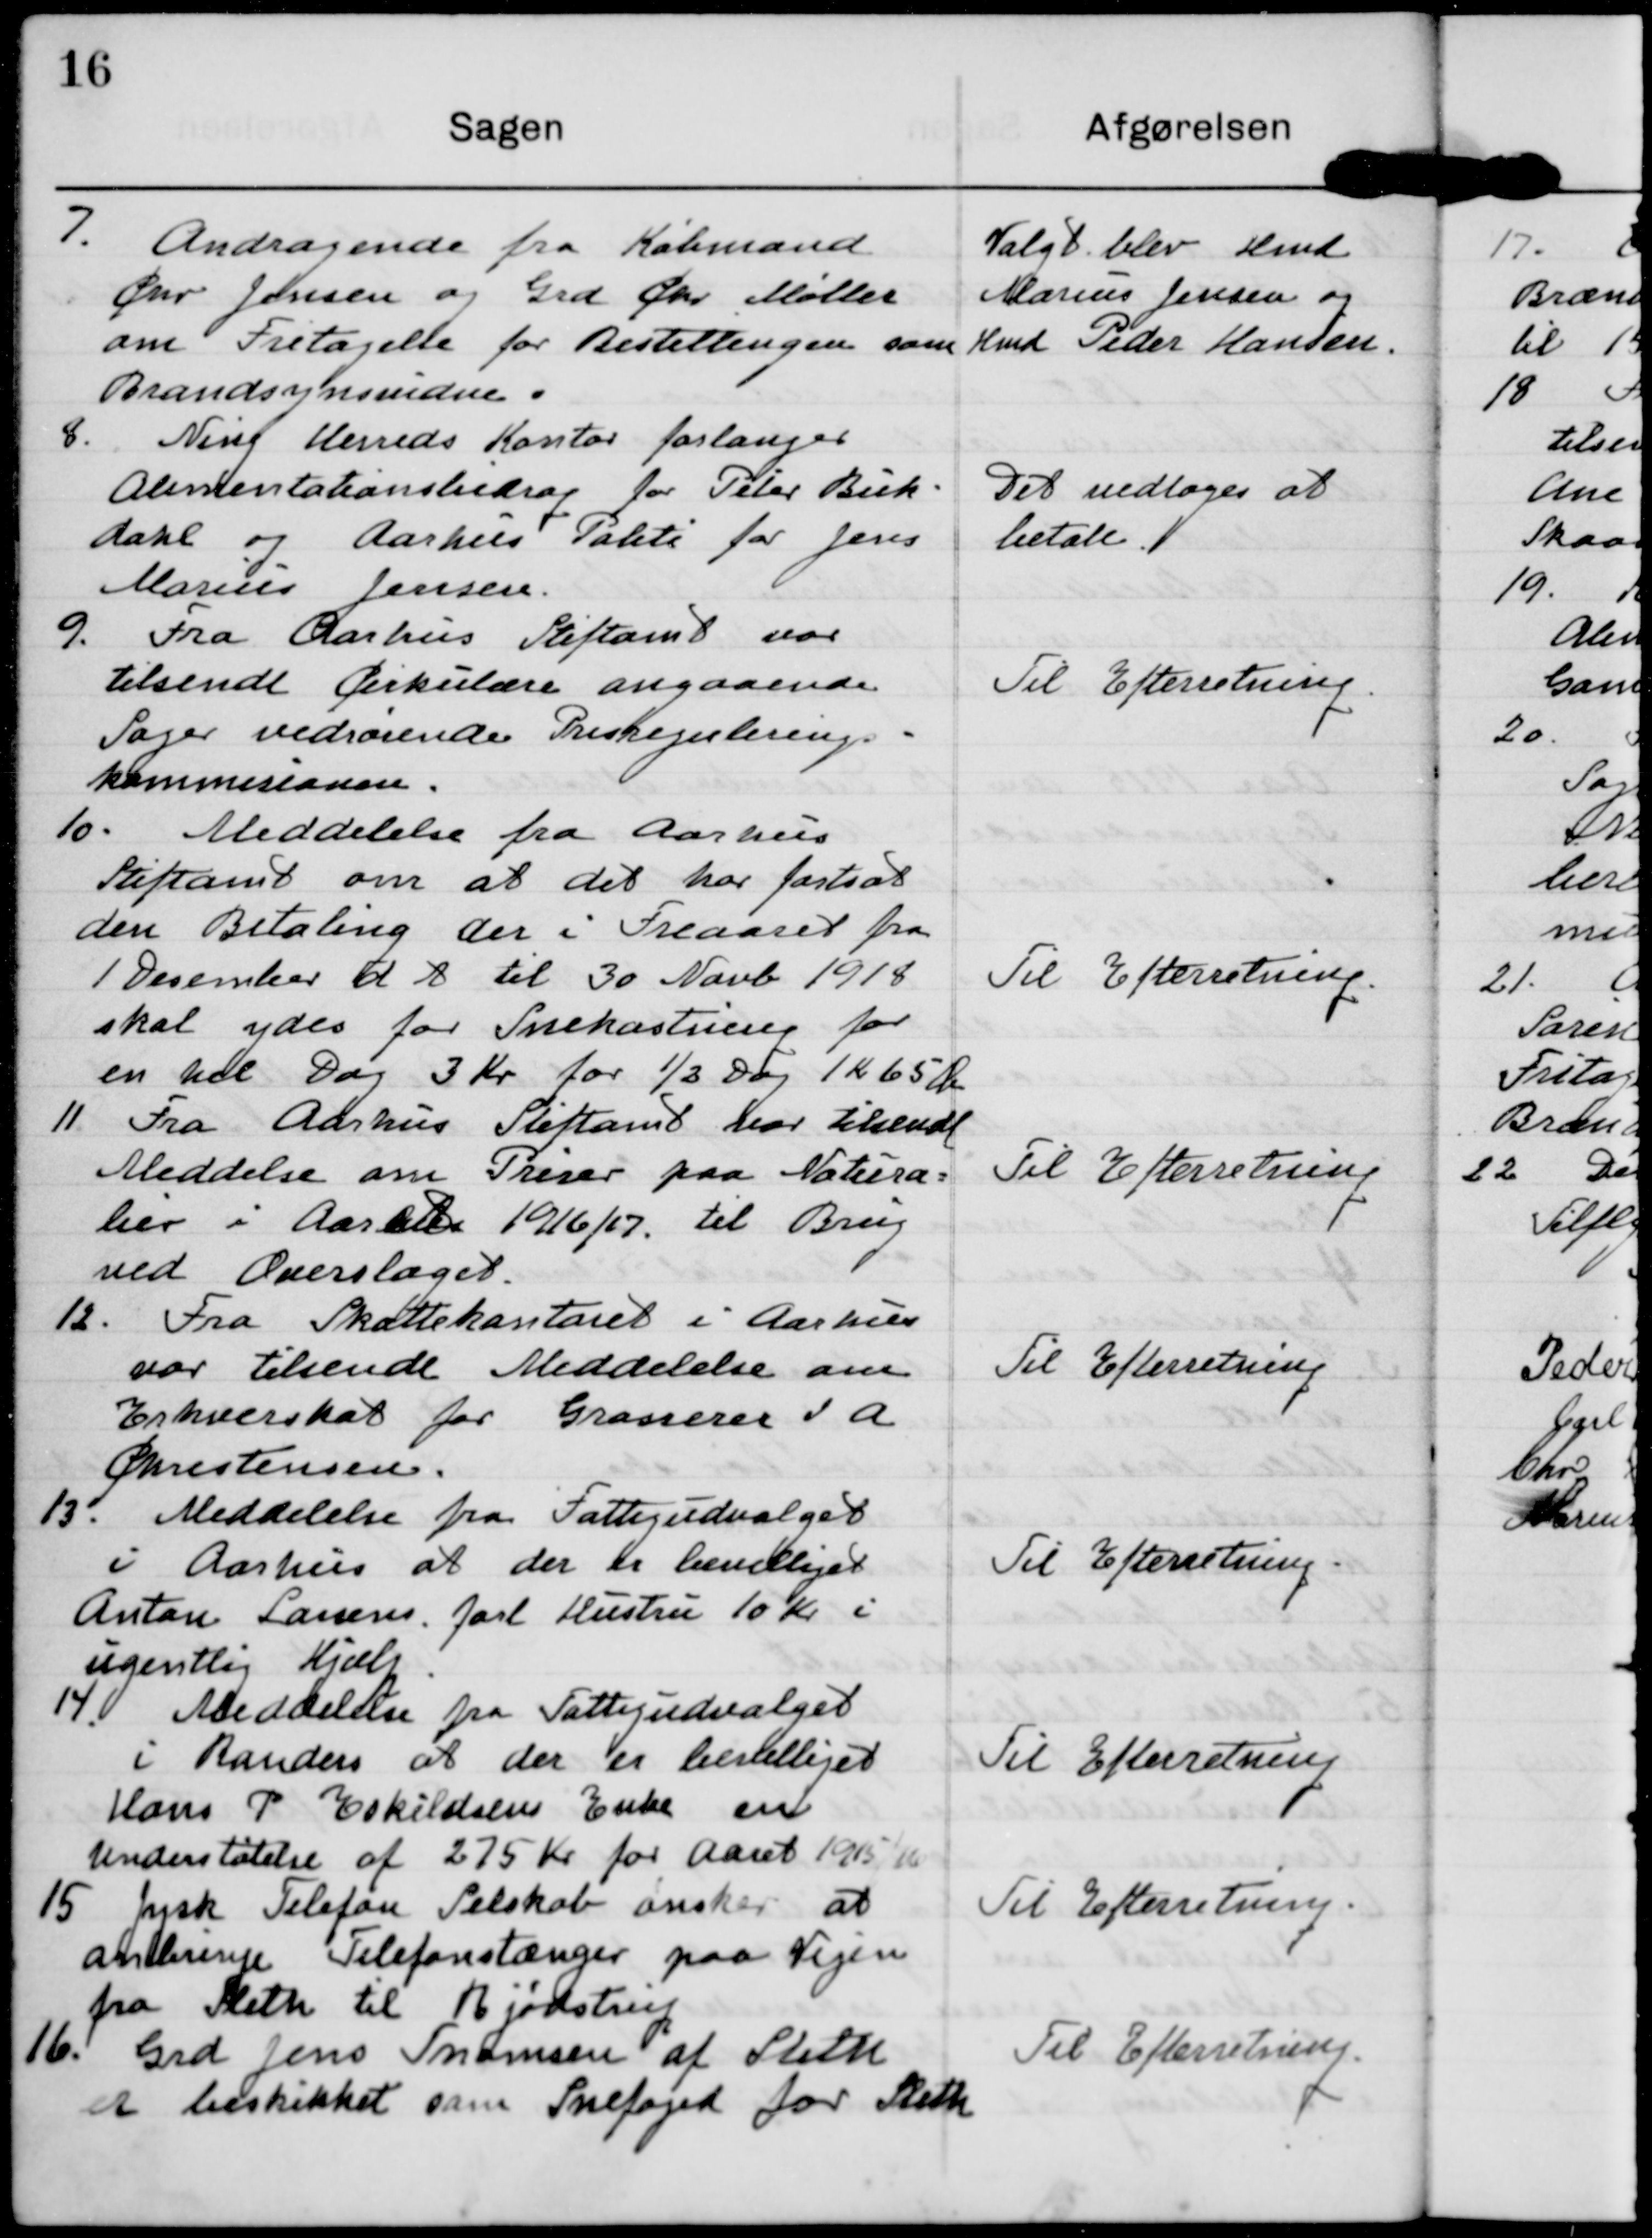
Transskription:
7. Andragende fra Købmand 
Chr Jensen og Grd Chr Møller
om Fritagelse for Bestillingen som
Brandssynsvidne.

Valgt blev Hmd
Marius Jensen og
Hmd Peder Hansen.

8. Ning Herreds Kontor forlanger
Alimentationsbidrag for Peter Buk-
dahl og Aarhus Politi for Jens
Marius Jensen.

Det vedtages at
betale.

9. Fra Aarhus Stiftamt var
tilsendt Cirkulære angaaende
Sager vedrørende Prisregulerings=
kommisionen.

Til Efterretning.

10. Meddelelse fra Aarhus
Stiftamt om at det har fastsat
den Betaling der i Treaaret fra 
1 Desember d A til 30 Novb 1918
skal ydes for Snekastning for
en hel Dag 3 Kr for ½ Dag 1K65Ø

Til Efterretning

11. Fra Aarhus Stiftamt var tilsendt
Meddelse om Priser paa Natura=
lier i Aarhus 1916/17. til Brug
ved Overslaget.

Til Efterretning.

12. Fra Skattekontoret i Aarhus
var tilsendt Meddelelse om
Enhvervsskat for Grosserer I A
Christensen.

Til Efterretning.

13. Meddelelse fra Fattigudvalget
i Aarhus at der er bevilliget
Anton Larsens farl Hustru 10 Kr i 
ugentlig Hjælp

Til Efterretning.

14. Meddelelse fra Fattigudvalget
i Randers at der er bevilliget
Hans P Eskildsens Enke en
understøtelse af 275 Kr for Aaret 1915/16

Til Efterretning.

15 Jysk Telefon Selskab ønsker at
anbringe Telefonstænger paa Vejen 
fra Sleth til Bjødstrup

Til Efterretning.

16. Grd Jens Thomsen af Sleth
er beskikket som Snefoged for Sleth

Til Efterretning.